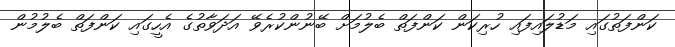
ކަންފަތުގައި މަޑުލައިފައި ހުރިކަން ކަންފަތް ބެލުމަށް ބޭނުންކުރެވޭ އަދަވާތުގެ އެހީގައި ކަންފަތް ބެލުމުން